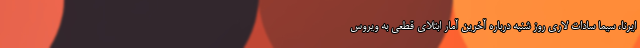
ایرنا، سیما سادات لاری روز شنبه درباره آخرین آمار ابتلای قطعی به ویروس